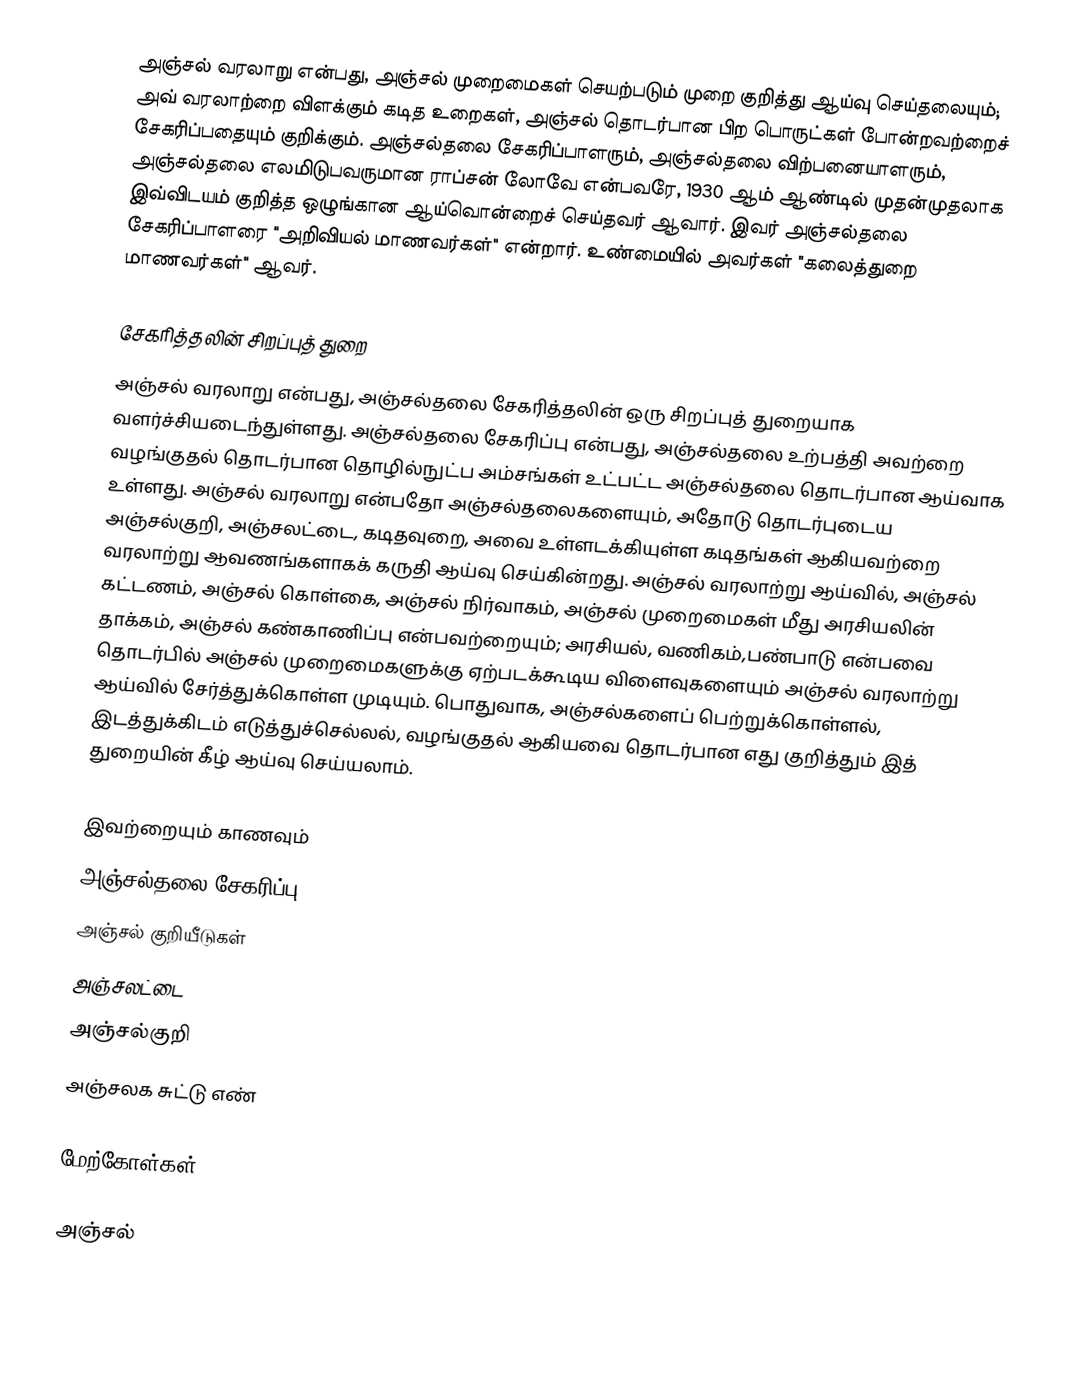
அஞ்சல் வரலாறு என்பது, அஞ்சல் முறைமைகள் செயற்படும் முறை குறித்து ஆய்வு செய்தலையும்; அவ் வரலாற்றை விளக்கும் கடித உறைகள், அஞ்சல் தொடர்பான பிற பொருட்கள் போன்றவற்றைச் சேகரிப்பதையும் குறிக்கும். அஞ்சல்தலை சேகரிப்பாளரும், அஞ்சல்தலை விற்பனையாளரும், அஞ்சல்தலை எலமிடுபவருமான ராப்சன் லோவே என்பவரே, 1930 ஆம் ஆண்டில் முதன்முதலாக இவ்விடயம் குறித்த ஒழுங்கான ஆய்வொன்றைச் செய்தவர் ஆவார். இவர் அஞ்சல்தலை சேகரிப்பாளரை "அறிவியல் மாணவர்கள்" என்றார். உண்மையில் அவர்கள் "கலைத்துறை மாணவர்கள்" ஆவர்.

சேகரித்தலின் சிறப்புத் துறை
அஞ்சல் வரலாறு என்பது, அஞ்சல்தலை சேகரித்தலின் ஒரு சிறப்புத் துறையாக வளர்ச்சியடைந்துள்ளது. அஞ்சல்தலை சேகரிப்பு என்பது, அஞ்சல்தலை உற்பத்தி அவற்றை வழங்குதல் தொடர்பான தொழில்நுட்ப அம்சங்கள் உட்பட்ட அஞ்சல்தலை தொடர்பான ஆய்வாக உள்ளது. அஞ்சல் வரலாறு என்பதோ அஞ்சல்தலைகளையும், அதோடு தொடர்புடைய அஞ்சல்குறி, அஞ்சலட்டை, கடிதவுறை, அவை உள்ளடக்கியுள்ள கடிதங்கள் ஆகியவற்றை வரலாற்று ஆவணங்களாகக் கருதி ஆய்வு செய்கின்றது. அஞ்சல் வரலாற்று ஆய்வில், அஞ்சல் கட்டணம், அஞ்சல் கொள்கை, அஞ்சல் நிர்வாகம், அஞ்சல் முறைமைகள் மீது அரசியலின் தாக்கம், அஞ்சல் கண்காணிப்பு என்பவற்றையும்; அரசியல், வணிகம்,பண்பாடு என்பவை தொடர்பில் அஞ்சல் முறைமைகளுக்கு ஏற்படக்கூடிய விளைவுகளையும் அஞ்சல் வரலாற்று ஆய்வில் சேர்த்துக்கொள்ள முடியும். பொதுவாக, அஞ்சல்களைப் பெற்றுக்கொள்ளல், இடத்துக்கிடம் எடுத்துச்செல்லல், வழங்குதல் ஆகியவை தொடர்பான எது குறித்தும் இத் துறையின் கீழ் ஆய்வு செய்யலாம்.

இவற்றையும் காணவும்
அஞ்சல்தலை சேகரிப்பு
அஞ்சல் குறியீடுகள்
அஞ்சலட்டை
அஞ்சல்குறி
அஞ்சலக சுட்டு எண்

மேற்கோள்கள்

அஞ்சல்